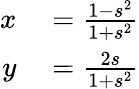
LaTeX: \begin{array}{rl}{x}&{{}={\frac{1-s^{2}}{1+s^{2}}}}\\ {y}&{{}={\frac{2s}{1+s^{2}}}}\end{array}